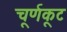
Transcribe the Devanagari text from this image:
चूर्णकूट